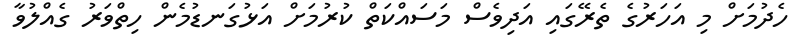
ހެދުމަށް މި އަހަރުގެ ތެރޭގައި އަދިވެސް މަސައްކަތް ކުރުމަށް އަޅުގަނޑުމެން ހިތްވަރު ގެއްލުވާ